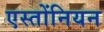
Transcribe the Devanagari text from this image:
एस्तोंनियन